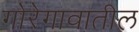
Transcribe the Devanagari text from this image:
गोरेगावातील